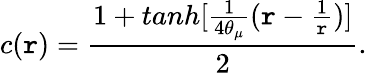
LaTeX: c(\mathtt{r})=\frac{{1+tanh[\frac{{1}}{{4\theta_{\mu}}}(\mathtt{r}-\frac{{1}}{{\mathtt{r}}})]}}{{2}}.